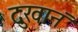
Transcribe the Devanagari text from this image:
दुःखानं